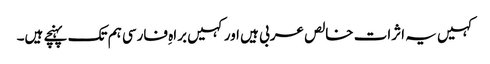
کہیں یہ اثرات خالص عربی ہیں اورکہیں براہِ فارسی ہم تک پہنچے ہیں۔